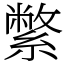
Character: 䌘